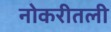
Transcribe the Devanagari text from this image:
नोकरीतली